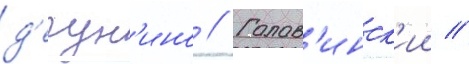
д'егун'ино // Голов'инск'ии //